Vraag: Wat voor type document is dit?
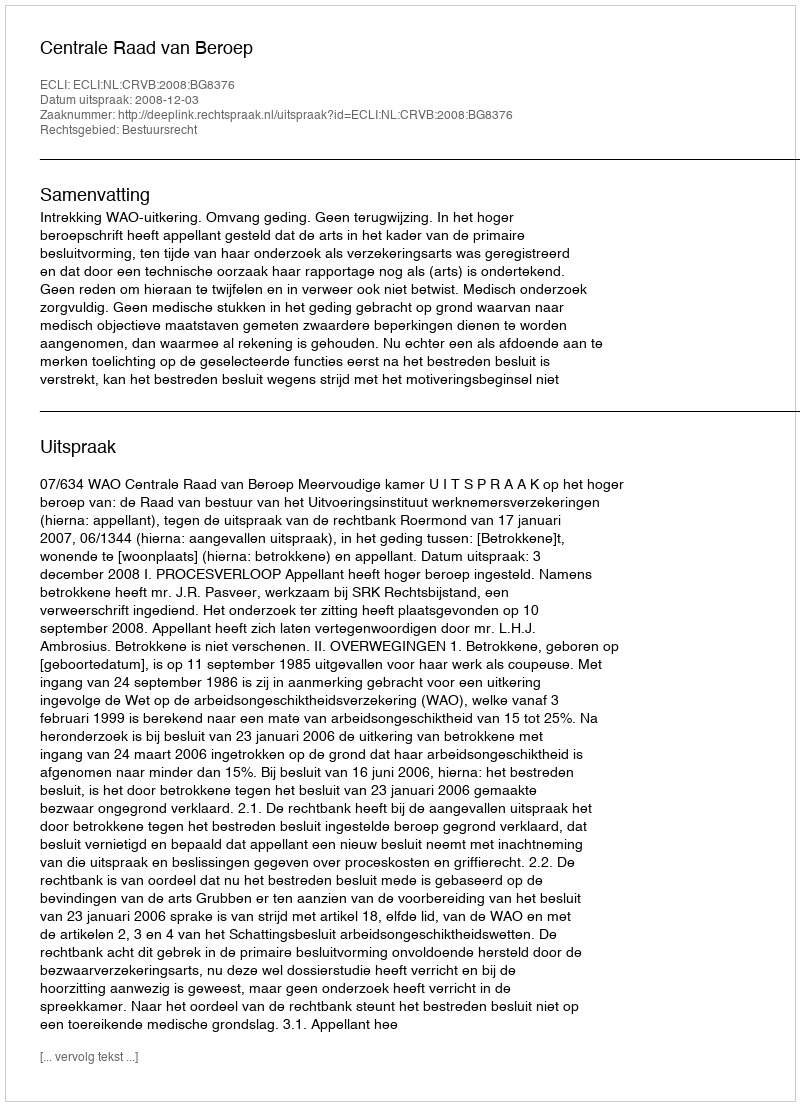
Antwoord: Uitspraak